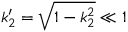
k _ { 2 } ^ { \prime } = \sqrt { 1 - k _ { 2 } ^ { 2 } } \ll 1